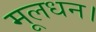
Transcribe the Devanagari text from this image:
मूलधन।